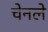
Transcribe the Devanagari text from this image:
चेनले